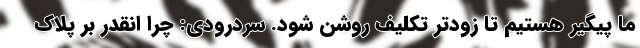
ما پیگیر هستیم تا زودتر تکلیف روشن شود. سردرودی: چرا انقدر بر پلاک